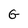
Character: G